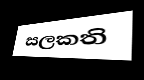
සලකති